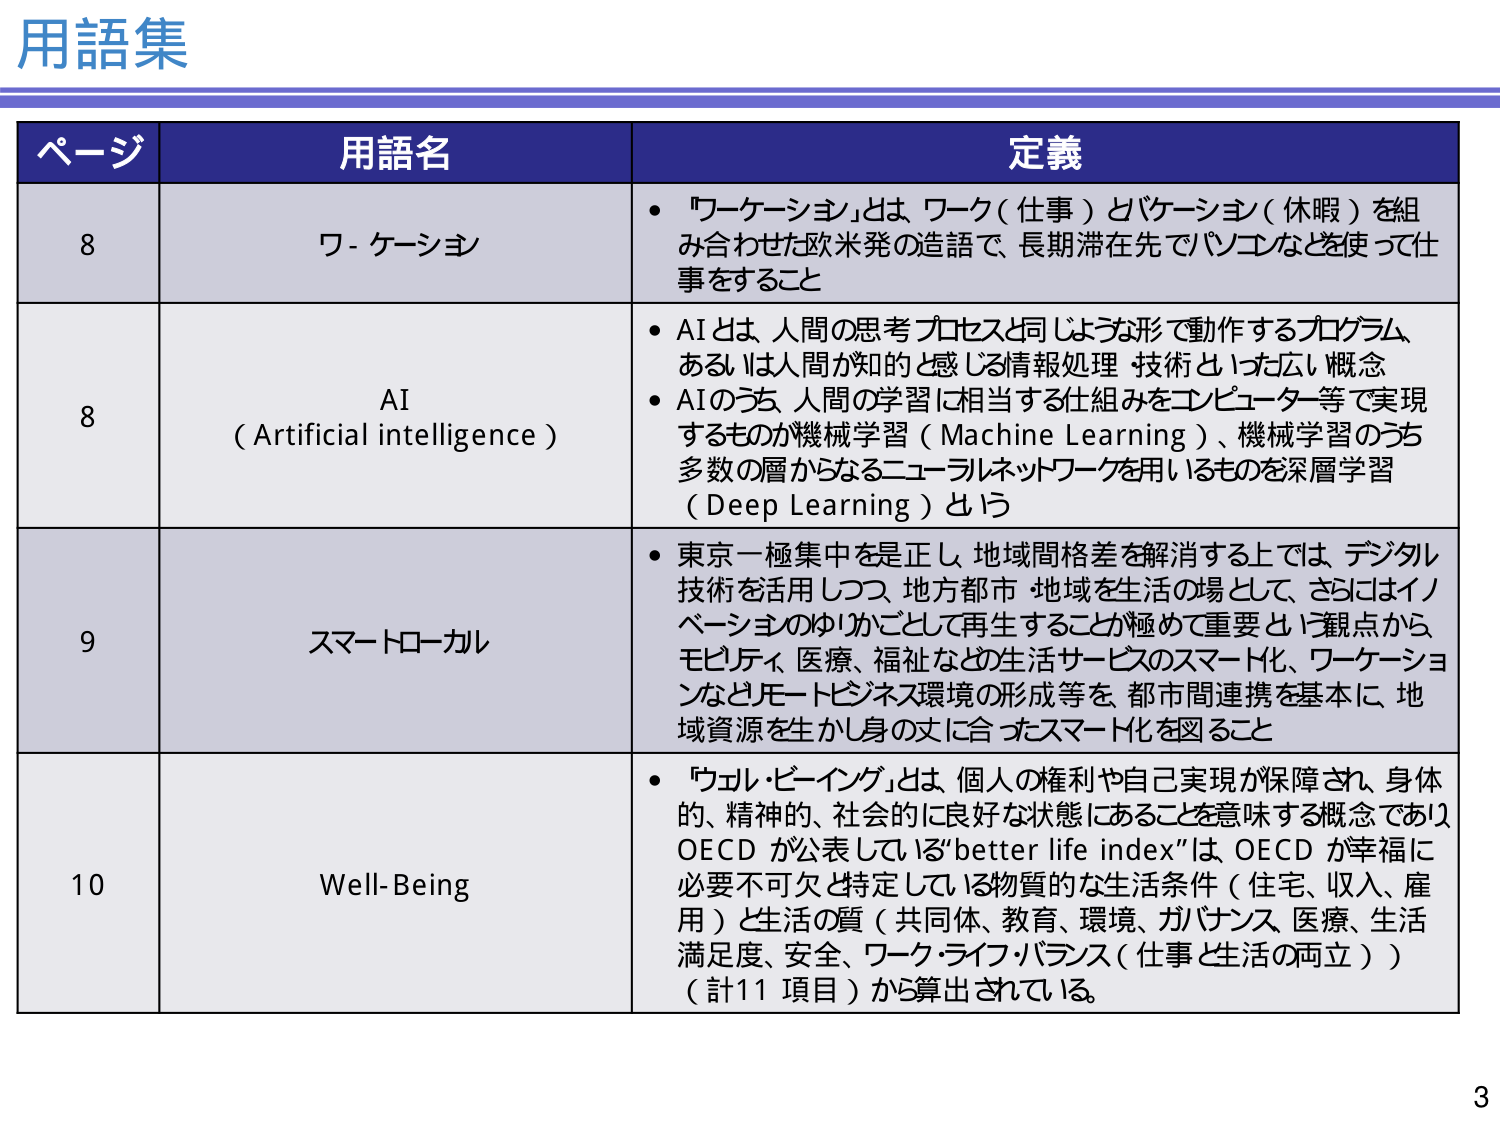
用語集

ページ	用語名	定義
8	ワーケーション	・「ワーケーション」とは、ワーク（仕事）とバケーション（休暇）を組み合わせた欧米発の造語で、長期滞在先でパソコンなどを使って仕事をすること
8	AI（Artificial intelligence）	・AIとは、人間の思考プロセスと同じような形で動作するプログラム、あるいは人間が知的と感じる情報処理技術といった広い概念
・AIのうち、人間の学習に相当する仕組みをコンピューター等で実現するものが機械学習（Machine Learning）、機械学習のうち多数の層からなるニューラルネットワークを用いるものを深層学習（Deep Learning）という
9	スマートローカル	・東京一極集中を是正し、地域間格差を解消する上では、デジタル技術を活用しつつ、地方都市・地域を生活の場として、さらにはイノベーションのゆりかごとして再生することが極めて重要という観点から、モビリティ、医療、福祉などの生活サービスのスマート化、ワーケーションなどホットビジネス環境の形成等を、都市間連携を基本に、地域資源を生かし身の丈に合ったスマート化を図ること
10	Well-Being	・「ウェル・ビーイング」とは、個人の権利や自己実現が保障され、身体的、精神的、社会的に良好な状態にあることを意味する概念であり、OECDが公表している「better life index」は、OECDが幸福に必要不可欠と特定している物質的な生活条件（住宅、収入、雇用）と生活の質（共同体、教育、環境、ガバナンス、医療、生活満足度、安全、ワーク・ライフ・バランス（仕事と生活の両立））（計11項目）から算出されている。

3